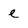
Character: e